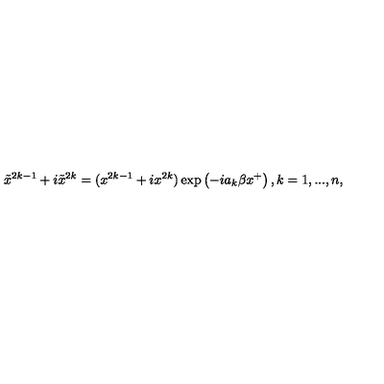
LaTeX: \tilde { x } ^ { 2 k - 1 } + i \tilde { x } ^ { 2 k } = ( x ^ { 2 k - 1 } + i x ^ { 2 k } ) \exp \left( - i a _ { k } \beta x ^ { + } \right) , k = 1 , . . . , n ,